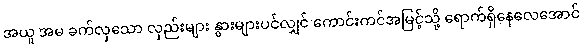
အယူ အမ ခက်လှသော လှည်းများ နွားများပင်လျှင် ကောင်းကင်အမြင့်သို့ ရောက်ရှိနေလေအောင်